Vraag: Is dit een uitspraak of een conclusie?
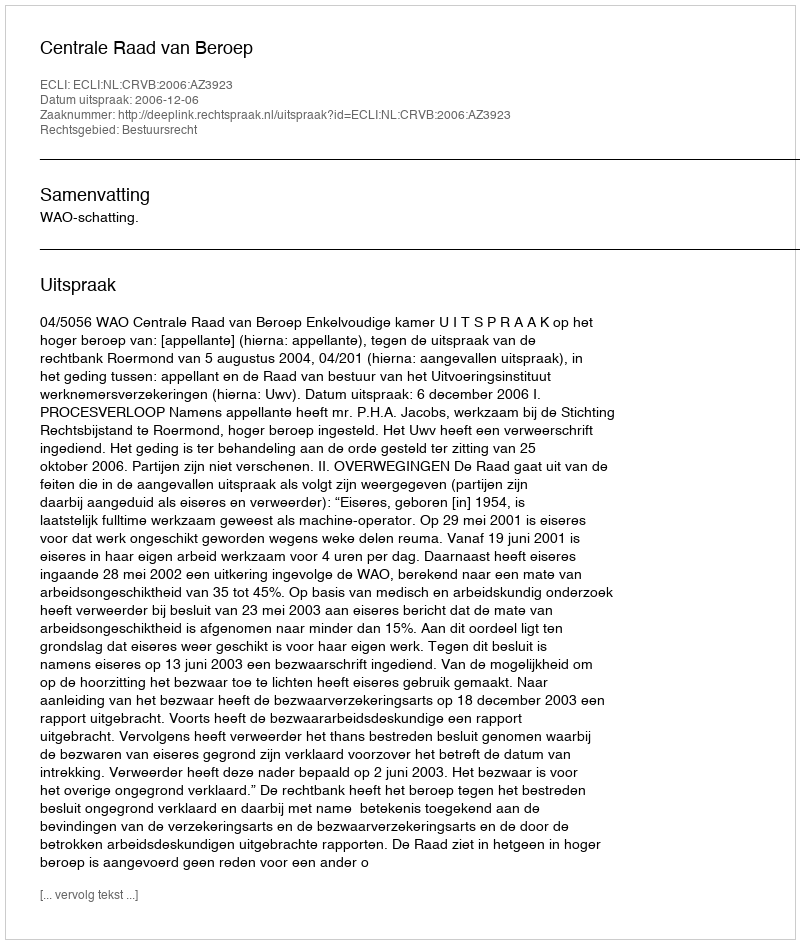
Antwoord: Uitspraak